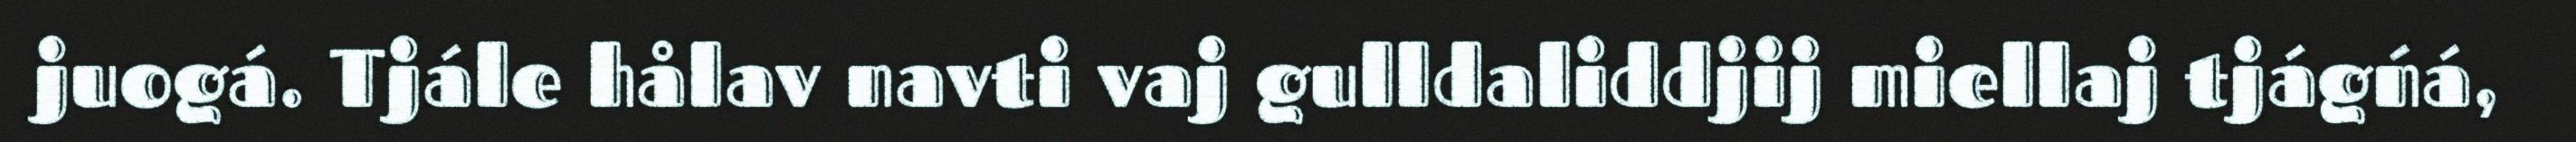
juogá. Tjále hålav navti vaj gulldaliddjij miellaj tjágńá,